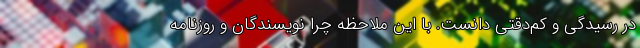
در رسيدگي و کم‌دقتی دانست. با اين ملاحظه چرا نويسندگان و روزنامه‌